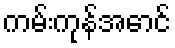
ကမ်းကုန်အောင်